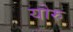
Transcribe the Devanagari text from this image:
योरु